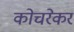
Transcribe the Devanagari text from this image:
कोचरेकर